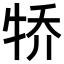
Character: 𪺭